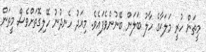
މީތަން ހުރީ މަލަކާގެ ހާލު ބަލަން ބޭނުންވެފައެވެ. މިއަދު ހެނދުނު ހޭލިގޮތަށްވެސް މީތަން